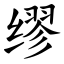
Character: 缪